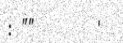
: ""       '